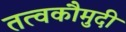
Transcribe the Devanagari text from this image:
तत्‍वकौमुदी